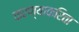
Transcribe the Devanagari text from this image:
करण्‍याकरिता